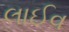
લાઈવ